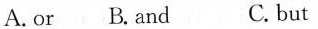
A.or B.And C. but